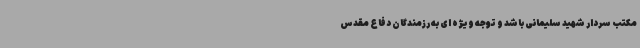
مکتب سردار شهید سلیمانی باشد و توجه ویژه ای به رزمندگان دفاع مقدس